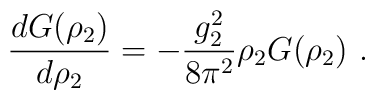
\frac{d G(\rho_2)}{d \rho_2} = - \frac{g_2^2}{8 \pi^2} \rho_2 G(\rho_2)~.